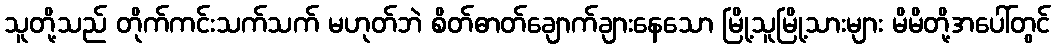
သူတို့သည် တိုက်ကင်းသက်သက် မဟုတ်ဘဲ စိတ်ဓာတ်ချောက်ချားနေသော မြို့သူမြို့သားများ မိမိတို့အပေါ်တွင်